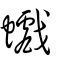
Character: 𧕆